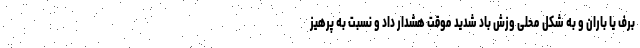
برف یا باران و به شکل محلی وزش باد شدید موقت هشدار داد و نسبت به پرهیز